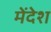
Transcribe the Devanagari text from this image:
मेंदेश